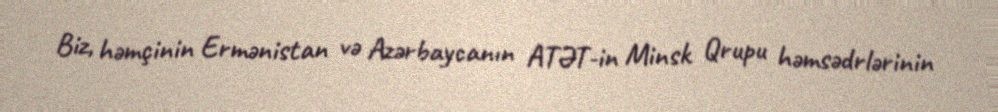
Biz, həmçinin Ermənistan və Azərbaycanın ATƏT-in Minsk Qrupu həmsədrlərinin